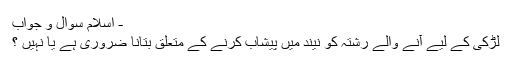
- اسلام سوال و جواب
لڑكى كے ليے آنے والے رشتہ كو نيند ميں پيشاب كرنے كے متعلق بتانا ضرورى ہے يا نہيں ؟